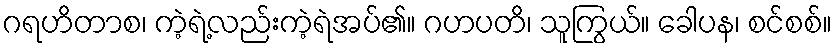
ဂရဟိတာစ၊ ကဲ့ရဲ့လည်းကဲ့ရဲအပ်၏။ ဂဟပတိ၊ သူကြွယ်။ ခေါပန၊ စင်စစ်။